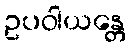
ဥပဝါယန္တေ